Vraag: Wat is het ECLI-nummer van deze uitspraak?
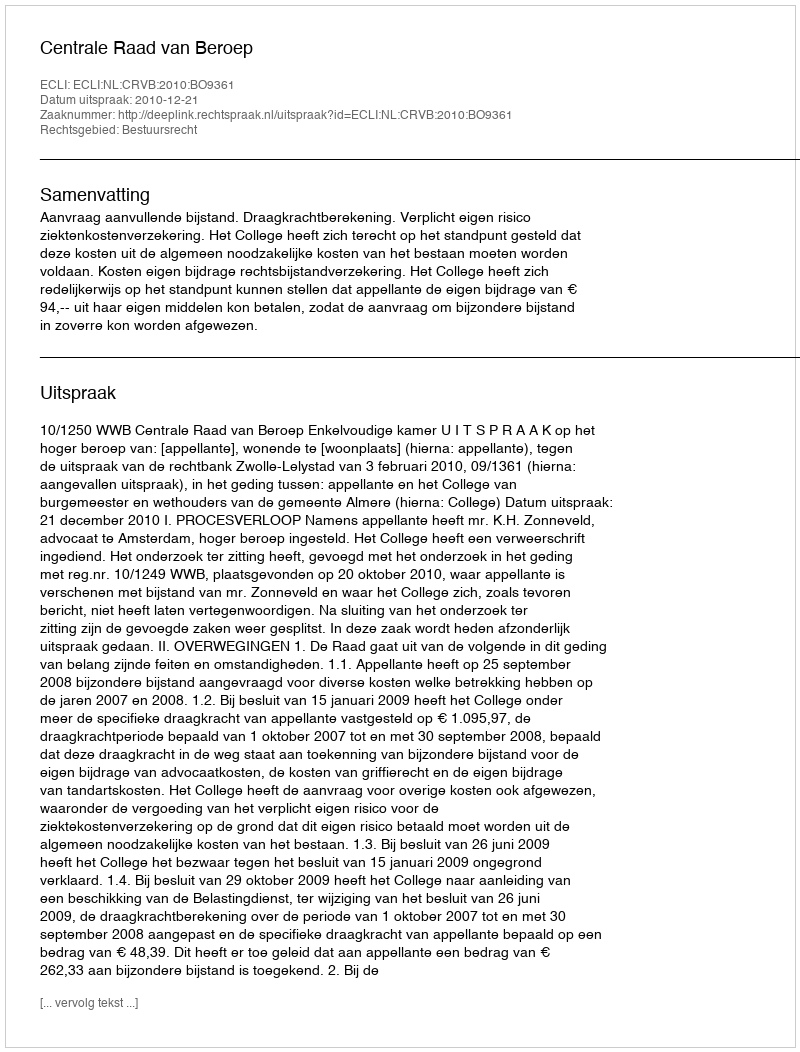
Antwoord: ECLI:NL:CRVB:2010:BO9361